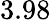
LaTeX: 3.98